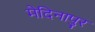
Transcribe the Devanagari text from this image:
मेदिनापुर